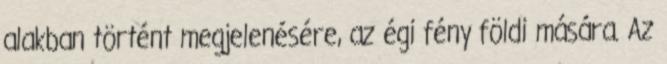
alakban történt megjelenésére, az égi fény földi mására. Az